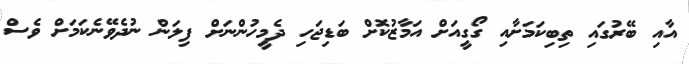
އާއި ބޭރުގައި ތިބިކަމަށާއި ގޯގީއަށް އަމާޒުކޮށް ބަޑިޖަހި ދެމީހުންނަށް ފިލަން ނުދެވޭނެކަމަށް ވެސް